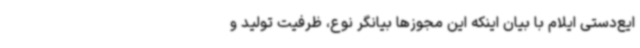
ایع‌دستی ایلام با بیان اینکه این مجوزها بیانگر نوع، ظرفیت تولید و